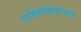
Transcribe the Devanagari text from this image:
राजेसाहेबांकडे